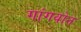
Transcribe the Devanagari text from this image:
गांगवोन